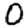
Digit: 0